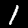
Label: 1